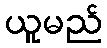
ယူမည်